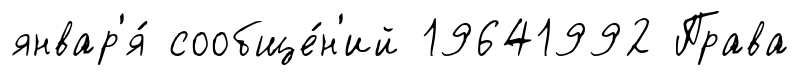
январ'я́ сообще́н'ий 19641992 Права